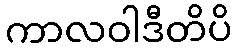
ကာလဝါဒီတိပိ